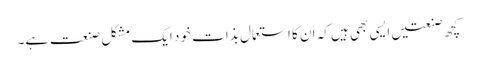
کچھ صنعتیں ایسی بھی ہیں کہ ان کا استعمال بذات خود ایک مشکل صنعت ہے۔